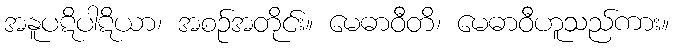
အနူပဋိပါဋိယာ၊ အစဉ်အတိုင်း။ မေဓာဝီတိ၊ မေဓာဝီဟူသည်ကား။